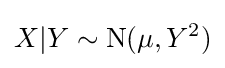
X|Y\sim {\textrm {N}}(\mu ,Y^{2})